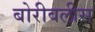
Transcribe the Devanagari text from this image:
बोरीवलीस